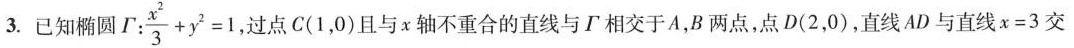
3.已知椭圆 $$r : \frac { x ^ { 2 } } { 3 } + y ^ { 2 } = 1$$ 过点C(1，0)且与x轴不重合的直线与r相交于A，B两点，点D(2，0)，直线AD与直线$$x = 3$$交